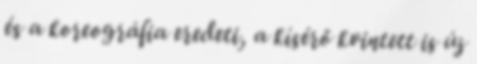
és a koreográfia eredeti, a kísérő kvintett is új